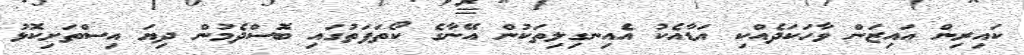
ކައިރިން އައިޒަން ވާހަކަދެއްކި އަޑާއެކު އެއިނގިލިތަކުން އޭނާގެ ކޯތަފަތުގައި ބޮސްދެމުން ދިޔަ އިސްތަށިކޮޅު